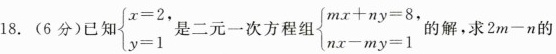
18. (6分)已知是 $$\begin { cases } x = 2 ,\\ y = 1 \end { cases }$$二元一次方程组$$\begin { cases } m x + n y = 8, \\ n x - m y = 1 \end { cases }$$的解，求$$2 m - n$$的